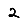
Digit: 2